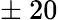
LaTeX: \pm~20